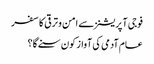
فوجی آپریشنز سے امن و ترقی کا سفر
عام آدمی کی آواز کون سنے گا؟